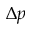
\Delta p